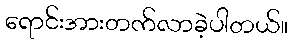
ရောင်းအားတက်လာခဲ့ပါတယ်။